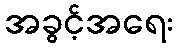
အခွင့်အရေး